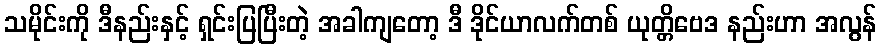
သမိုင်းကို ဒီနည်းနှင့် ရှင်းပြပြီးတဲ့ အခါကျတော့ ဒီ ဒိုင်ယာလက်တစ် ယုတ္တိဗေဒ နည်းဟာ အလွန်